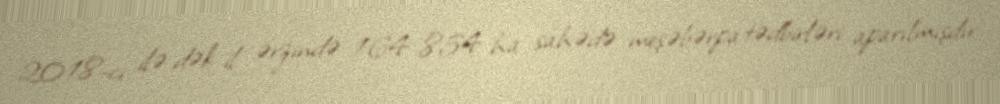
2018-ci ilə dək il ərzində 164 854 ha sahədə meşəbərpa tədbirləri aparılmışdır